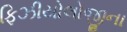
ફિઝીયોલોજીના